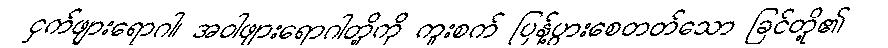
ငှက်ဖျားရောဂါ၊ အဝါဖျားရောဂါတို့ကို ကူးစက် ပြန့်ပွားစေတတ်သော ခြင်တို့၏